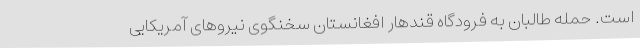
است. حمله طالبان به فرودگاه قندهار افغانستان سخنگوی نیروهای آمریکایی